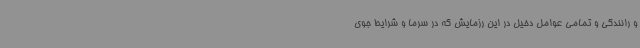
و رانندگی و تمامی عوامل دخیل در این رزمایش که در سرما و شرایط جوی